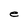
Character: e